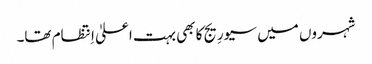
شہروں میں سیورِیج کا بھی بہت اعلیٰ اِنتظام تھا۔